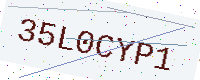
Text: 35L0CYP1